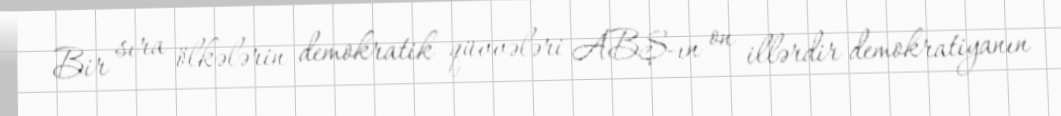
Bir sıra ölkələrin demokratik qüvvələri ABŞ-ın on illərdir demokratiyanın